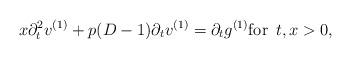
LaTeX: \begin{align*}x \partial_t^2 v^{(1)} + p(D-1) \partial_t v^{(1)} = \partial_t g^{(1)} \mbox{for } \, t, x > 0,\end{align*}